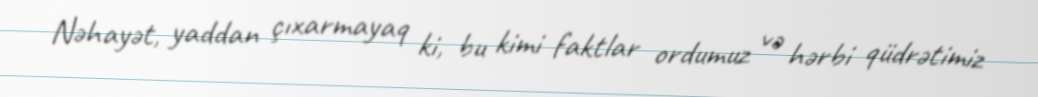
Nəhayət, yaddan çıxarmayaq ki, bu kimi faktlar ordumuz və hərbi qüdrətimiz